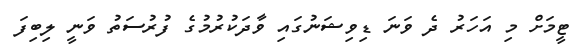
ޓީމަށް މި އަހަރު ދެ ވަނަ ޑިވިޝަނުގައި ވާދަކުރުމުގެ ފުރުސަތު ވަނީ ލިބިފަ